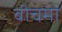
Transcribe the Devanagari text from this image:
बीचमां